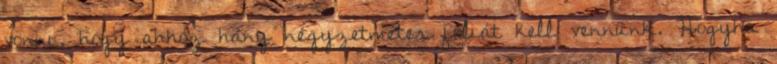
vonni, hogy ahhoz hány négyzetméter fóliát kell vennünk. Hogyha